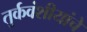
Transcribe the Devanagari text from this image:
तुर्कवंशीयांचे